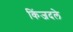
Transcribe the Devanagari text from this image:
किंजदले